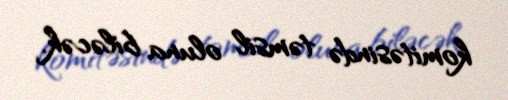
komitəsində təmsil oluna biləcək.